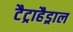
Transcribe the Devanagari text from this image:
टैट्राहैड्राल